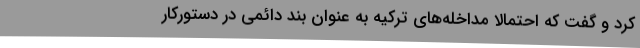
کرد و گفت که احتمالا مداخله‌های ترکیه به عنوان بند دائمی در دستورکار